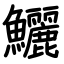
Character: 鱺